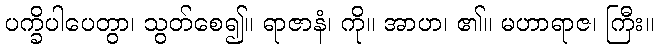
ပက္ခိပါပေတွာ၊ သွတ်စေ၍။ ရာဇာနံ၊ ကို။ အာဟ၊ ၏။ မဟာရာဇ၊ ကြီး။